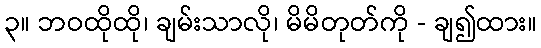
၃။ ဘဝထိုထို၊ ချမ်းသာလို၊ မိမိတုတ်ကို - ချ၍ထား။